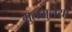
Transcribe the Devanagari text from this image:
भुलभुलैया